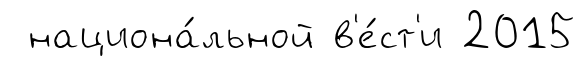
национа́льной в'е́ст'и 2015